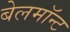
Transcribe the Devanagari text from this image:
बेलमॉन्ट